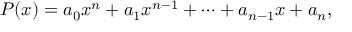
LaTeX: P ( x ) = a _ { 0 } x ^ { n } + a _ { 1 } x ^ { n - 1 } + \cdots + a _ { n - 1 } x + a _ { n } ,